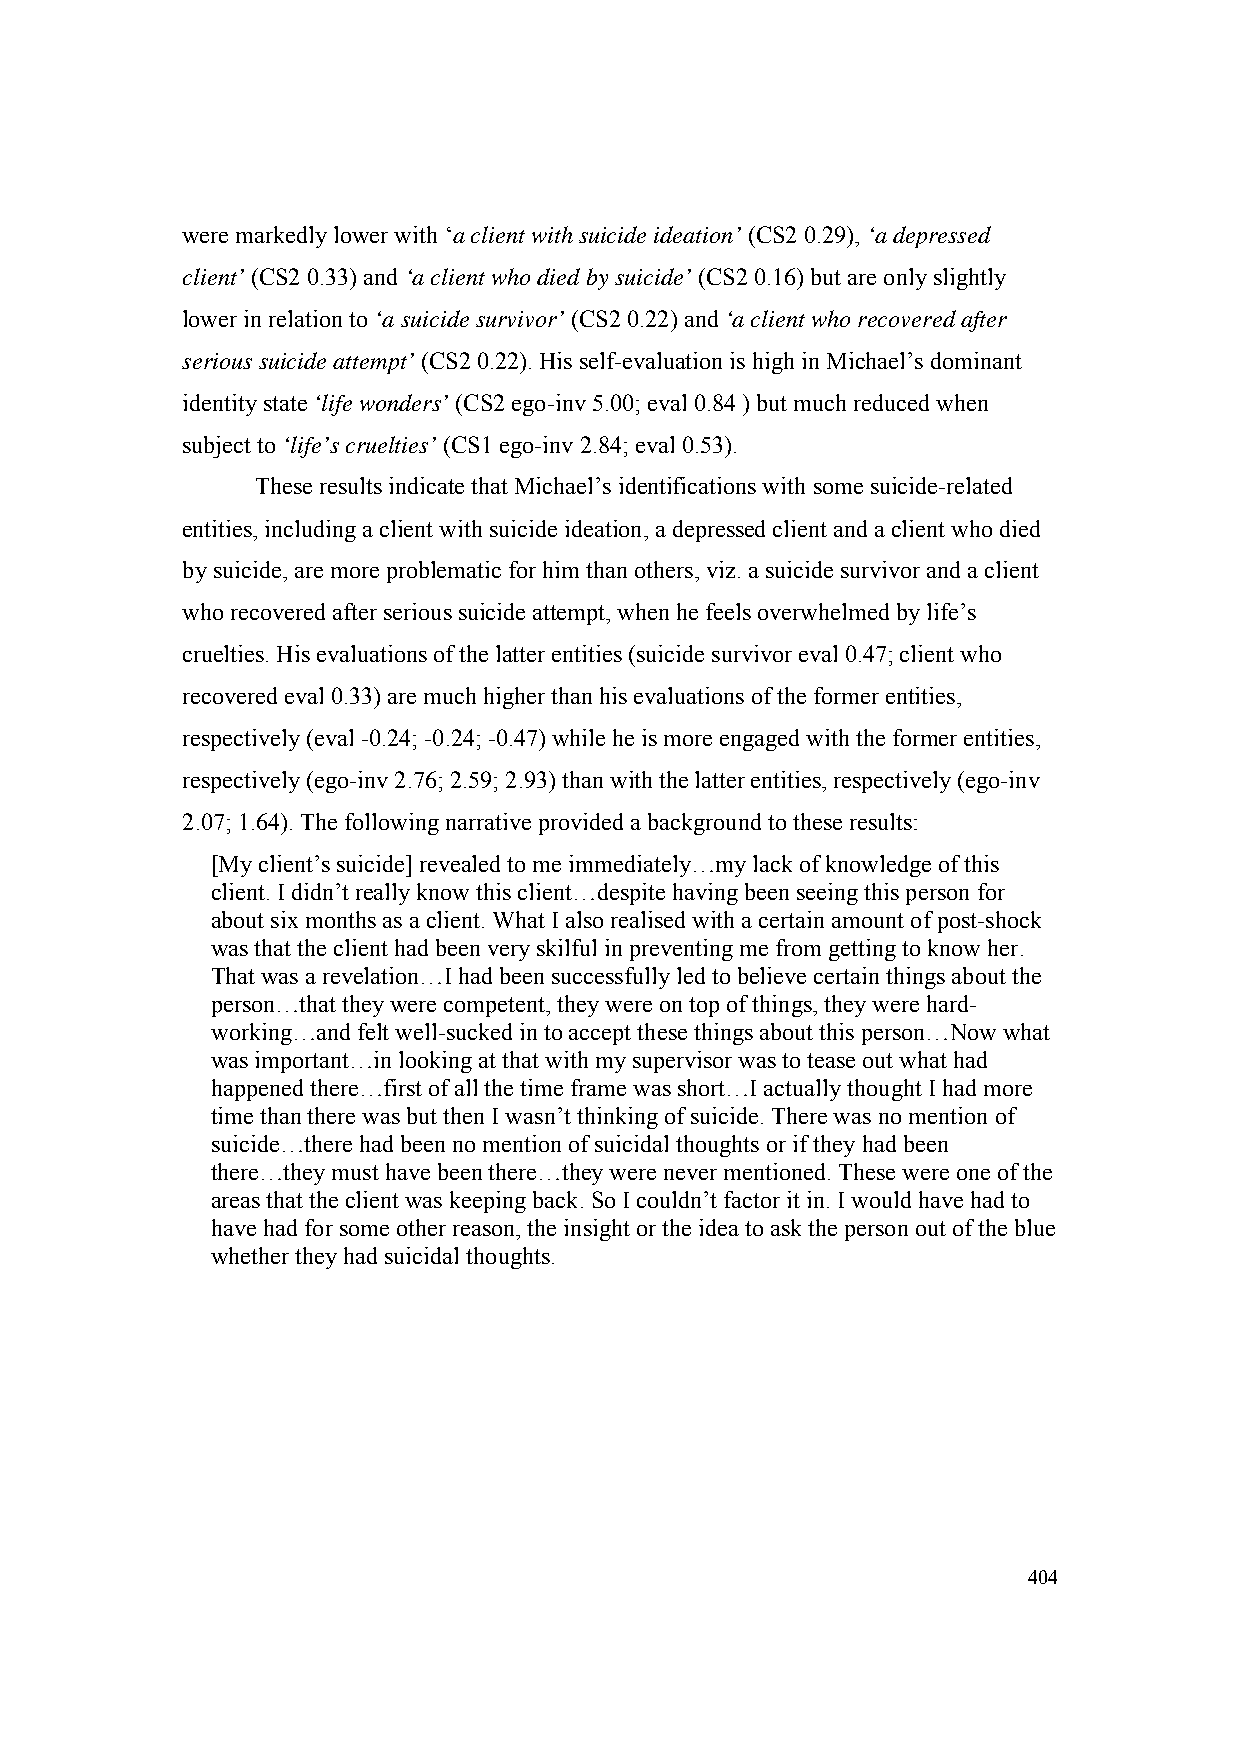
were markedly lower with ‘a client with suicide ideation’ (CS2 0.29), ‘a depressed
 client’ (CS2 0.33) and ‘a client who died by suicide’ (CS2 0.16) but are only slightly
 lower in relation to ‘a suicide survivor’ (CS2 0.22) and ‘a client who recovered after
 serious suicide attempt’ (CS2 0.22). His self-evaluation is high in Michael’s dominant
 identity state ‘life wonders’ (CS2 ego-inv 5.00; eval 0.84 ) but much reduced when
 subject to ‘life’s cruelties’ (CS1 ego-inv 2.84; eval 0.53).
 These results indicate that Michael’s identifications with some suicide-related
 entities, including a client with suicide ideation, a depressed client and a client who died
 by suicide, are more problematic for him than others, viz. a suicide survivor and a client
 who recovered after serious suicide attempt, when he feels overwhelmed by life’s
 cruelties. His evaluations of the latter entities (suicide survivor eval 0.47; client who
 recovered eval 0.33) are much higher than his evaluations of the former entities,
 respectively (eval -0.24; -0.24; -0.47) while he is more engaged with the former entities,
 respectively (ego-inv 2.76; 2.59; 2.93) than with the latter entities, respectively (ego-inv
 2.07; 1.64). The following narrative provided a background to these results:
 [My client’s suicide] revealed to me immediately…my lack of knowledge of this
 client. I didn’t really know this client…despite having been seeing this person for
 about six months as a client. What I also realised with a certain amount of post-shock
 was that the client had been very skilful in preventing me from getting to know her.
 That was a revelation…I had been successfully led to believe certain things about the
 person…that they were competent, they were on top of things, they were hard-
 working…and felt well-sucked in to accept these things about this person…Now what
 was important…in looking at that with my supervisor was to tease out what had
 happened there…first of all the time frame was short…I actually thought I had more
 time than there was but then I wasn’t thinking of suicide. There was no mention of
 suicide…there had been no mention of suicidal thoughts or if they had been
 there…they must have been there…they were never mentioned. These were one of the
 areas that the client was keeping back. So I couldn’t factor it in. I would have had to
 have had for some other reason, the insight or the idea to ask the person out of the blue
 whether they had suicidal thoughts.
 404